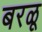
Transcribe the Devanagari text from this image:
बरळू